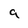
Character: 9